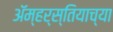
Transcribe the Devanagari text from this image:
ॲम्हर्स्तियाच्या